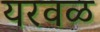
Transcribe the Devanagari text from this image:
यरवळ